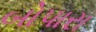
બોપારા